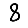
Digit: 8